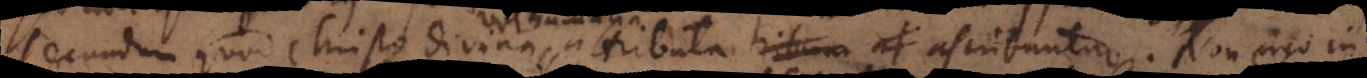
secundum quod Christo Divina attributa ascribuntur. Non ergo in